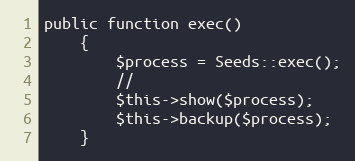
Language: PHP
public function exec()
    {
        $process = Seeds::exec();
        //
        $this->show($process);
        $this->backup($process);
    }